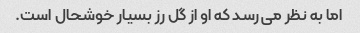
اما به نظر می رسد که او از گل رز بسیار خوشحال است.